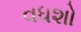
વધશો